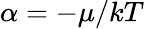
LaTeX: \alpha=-\mu/kT